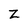
Character: Z